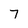
Character: 7